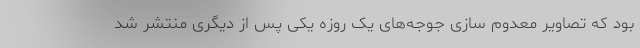
بود که تصاویر معدوم سازی جوجه‌های یک روزه یکی پس از دیگری منتشر شد